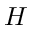
H